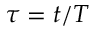
\tau = t / T